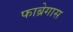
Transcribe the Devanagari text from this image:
फाब्रेगास